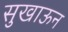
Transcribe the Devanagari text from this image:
सुखाऊन